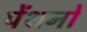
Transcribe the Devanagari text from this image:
पेंशनों